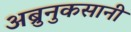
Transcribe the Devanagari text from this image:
अब्रुनुकसानी